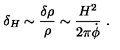
\delta _ { H } \sim \frac { \delta \rho } { \rho } \sim { \frac { H ^ { 2 } } { 2 \pi \dot { \phi } } } \ .